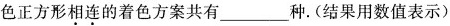
色正方形\underset{·}{相}\underset{·}{连}的着色方案共有___种。(结果用数值表示)